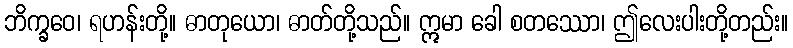
ဘိက္ခဝေ၊ ရဟန်းတို့။ ဓာတုယော၊ ဓာတ်တို့သည်။ ဣမာ ခေါ စတဿော၊ ဤလေးပါးတို့တည်း။